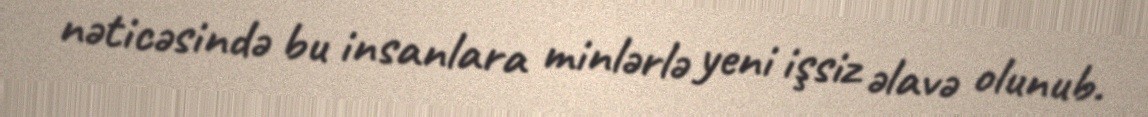
nəticəsində bu insanlara minlərlə yeni işsiz əlavə olunub.